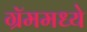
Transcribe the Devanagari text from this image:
ग्रॅममध्ये